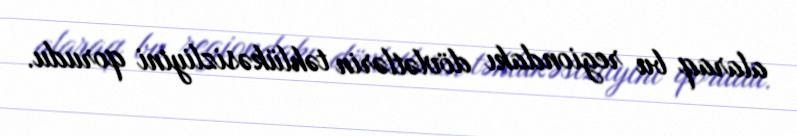
alaraq bu regiondakı dövlətlərin təhlükəsizliyini qorudu.